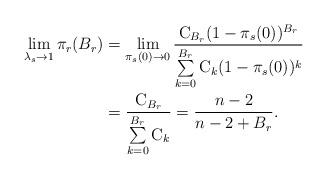
LaTeX: \begin{align*}\lim\limits_{\lambda_s^{} \to 1} {\pi_r(B_r)} & =\lim\limits_{\pi_s(0) \to 0} \frac{\mathrm{C}_{B_r} (1-\pi_s(0))^{B_r}}{\sum\limits_{k=0}^{B_r}{\mathrm{C}_k}(1-\pi_s(0))^k} \\& =\frac{\mathrm{C}_{B_r}}{\sum\limits_{k=0}^{B_r}{\mathrm{C}_k}}=\frac{n-2}{n-2+B_r}. \end{align*}